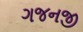
ગજનજી